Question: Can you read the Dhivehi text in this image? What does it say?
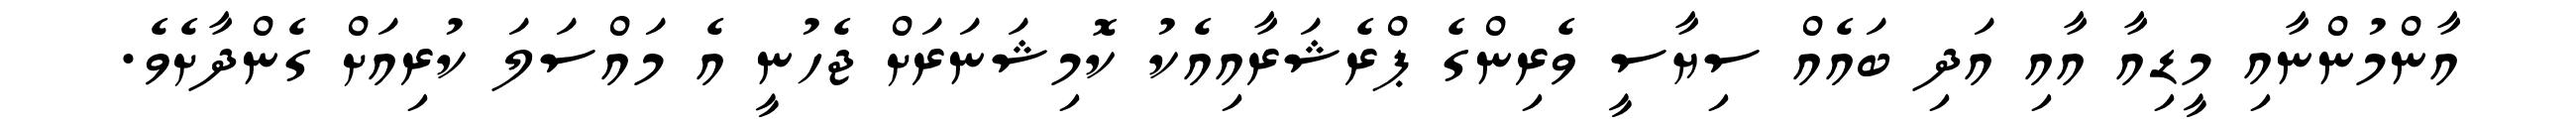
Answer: އާންމުންނާއި މީޑިއާ އާއި އަދި ބައެއް ސިޔާސީ ވެރިންގެ ޕްރެޝަރާއިއެކު ކޮމިޝަނަރަށް ޖެހުނީ އެ މައްސަލަ ކުރިއަށް ގެންދާށެވެ.